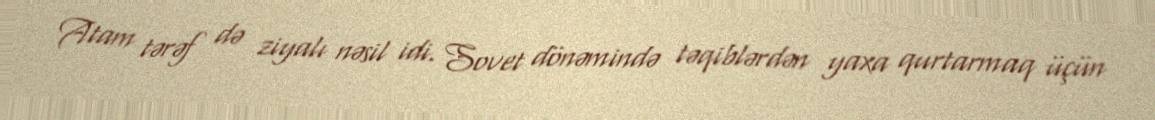
Atam tərəf də ziyalı nəsil idi. Sovet dönəmində təqiblərdən yaxa qurtarmaq üçün